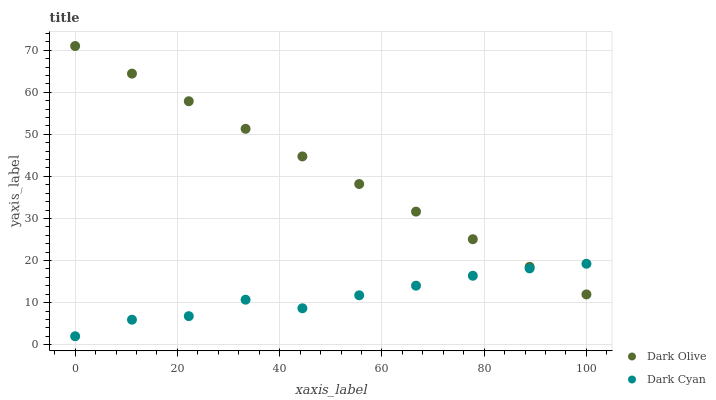
| xaxis_label | Dark Olive | Dark Cyan |
 | --- | --- | --- |
 | 0 | 71 | 2 |
 | 11.1 | 64.4 | 5.93 |
 | 22.2 | 57.9 | 6.78 |
 | 33.3 | 51.3 | 10.7 |
 | 44.4 | 44.8 | 8.65 |
 | 55.6 | 38.2 | 11.7 |
 | 66.7 | 31.6 | 14 |
 | 77.8 | 25.1 | 16.4 |
 | 88.9 | 18.5 | 18.1 |
 | 100 | 11.9 | 19.2 |